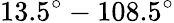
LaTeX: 13.5^{\circ}-108.5^{\circ}